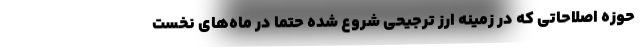
حوزه اصلاحاتی که در زمینه ارز ترجیحی شروع شده حتما در ماه‌های نخست